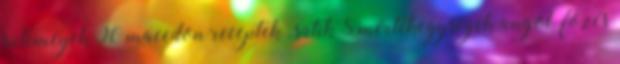
süteméyek 90 macedon receptek , sütik 8 mértékegységek angol főzés